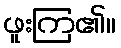
ဖူးကြ၏။